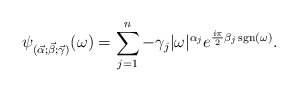
\begin{align*}\psi_{{(\vec \alpha;\vec \beta;\vec \gamma)} }(\omega)=\sum_{j=1}^n - \gamma_j|\omega|^{\alpha_{j}} e^{\frac{i\pi}{2} \beta_{j}\, {\rm sgn}(\omega)}.\end{align*}